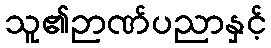
သူ၏ဉာဏ်ပညာနှင့်